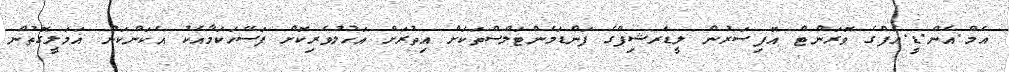
އެމް.އެން.ޑީ.އެފްގެ ވޮރަންޓް އޮފިސަރުން ލީޑަރޝިޕްގެ ފަންޑަމެންޓަލްސްތަކަށް އިތުރަށް އަހުލުވެރިކޮށް ފަސޭހަކަމާއެކު އެކަންކަން އަމަލީގޮތުން